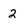
Character: 2